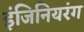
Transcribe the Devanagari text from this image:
इंजिनियरंग